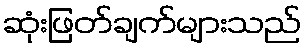
ဆုံးဖြတ်ချက်များသည်